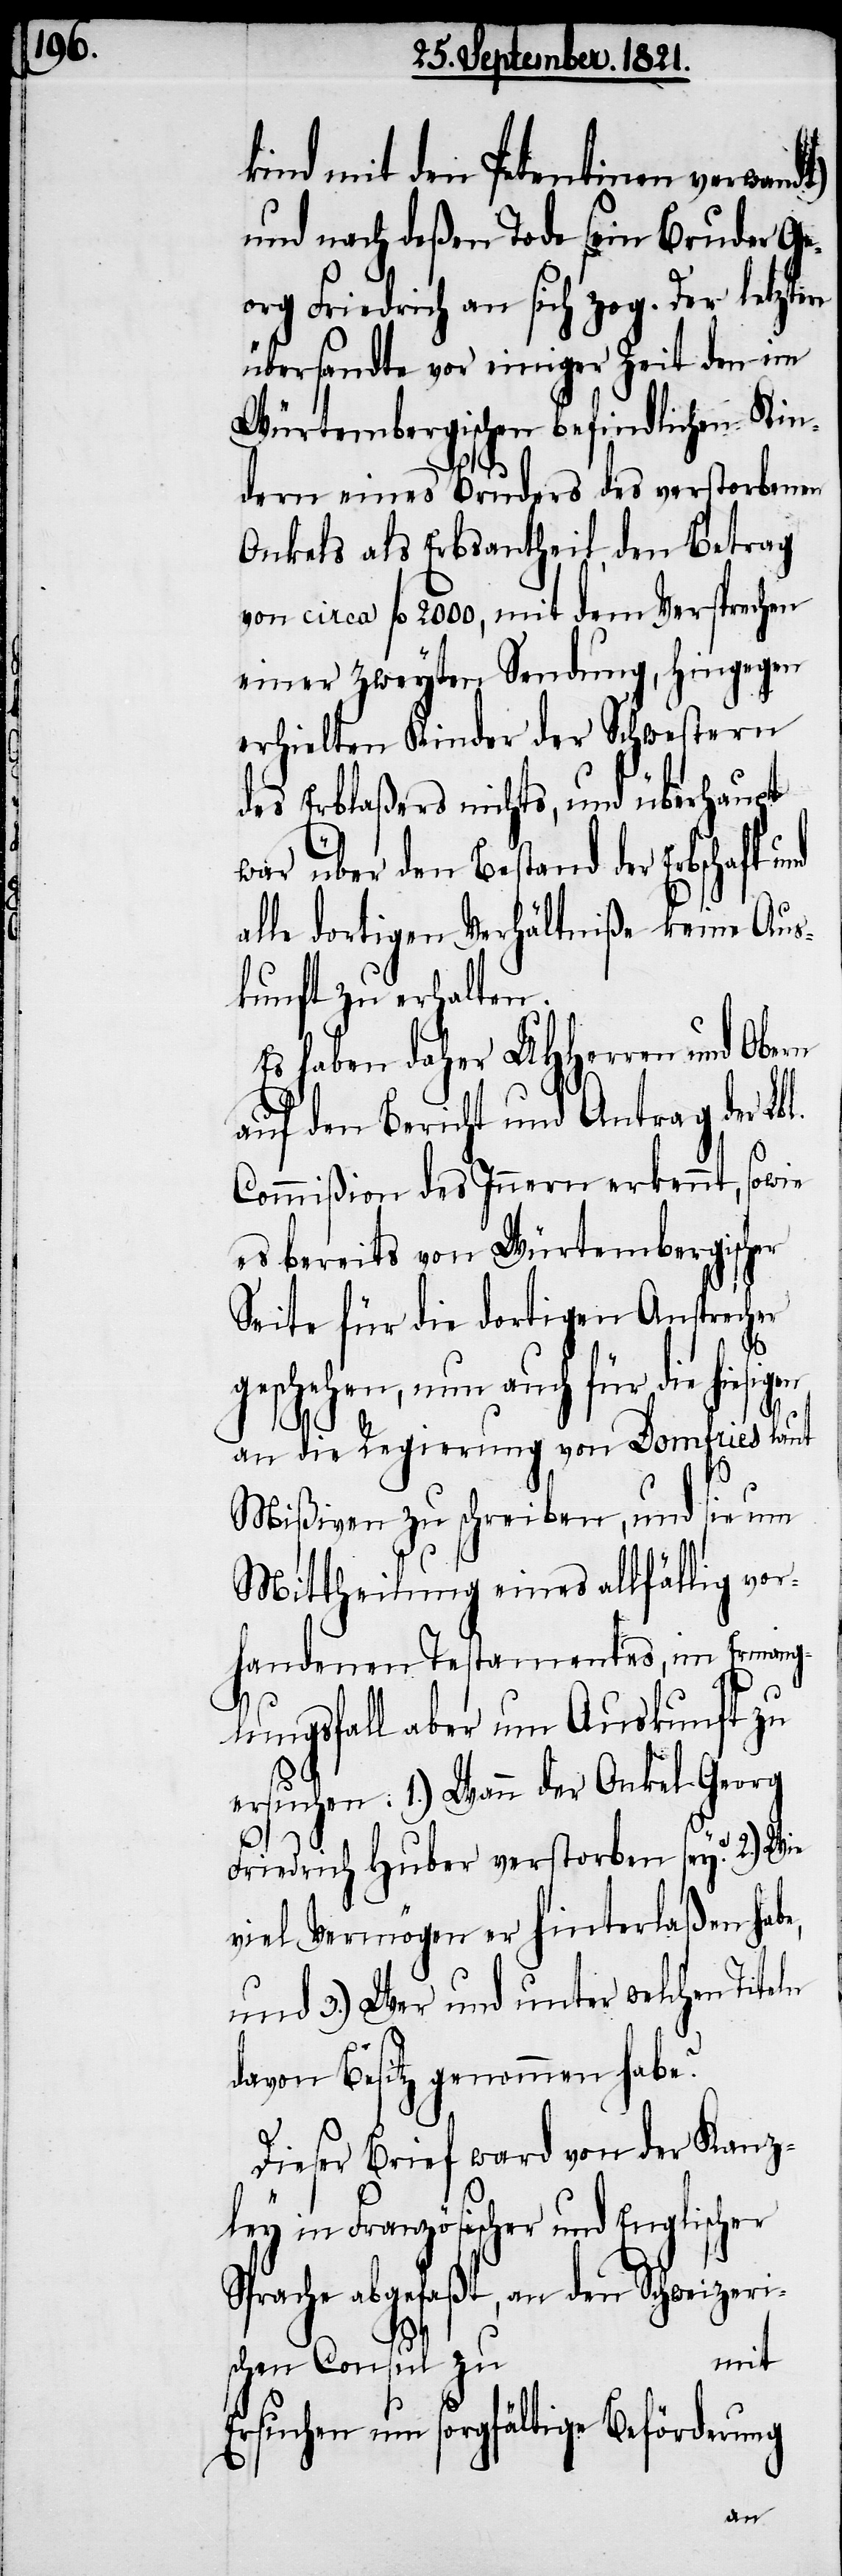
re

kind mit den Petentinen verwand¬
und nach deßen Tode sein Bruder Ge¬
org Friedrich an sich zog. Der letzte¬
übersandte vor einiger Zeit den im
Würtembergischen befindlichen Kin¬
dern eines Bruders des verstorbenen
Onkels als Erbsantheil, den Betrag
von circa fl. 2000, mit dem Versprechen
einer zweyten Sendung, hingegen
erhielten Kinder der Schwestern
des Erblaßers nichts, und überhaupt
war über den Bestand der Erbschaft
alle dortigen Verhältniße keine Aus¬
kunft zu erhalten.
Es haben UHHerren und Obern
auf den Bericht und Antrag der
Commißion des Innern erkennt, sowie
es bereits von Würtembergischer
Seite für die dortigen Ansprecher
geschehen, nun auch für die
an die Regierung von Domfries laut
Mißiven zu schreiben, und sie um
Mittheilung eines allfällig vor¬
handenen Testamentes, im Ermang¬
elungsfall aber um Auskunft zu
ersuchen: 1.) Wann der Onkel Georg
Friedrich Huber verstorben sey? 2.) Wie
viel Vermögen er hinterlaßen habe,
und 3.) Wer und unter welchen Titeln
davon Besitz genommen habe?
Dieser Brief ward von der Kanz¬
ley in Französischer und Englischer
Sprache abgefaßt, an den Schweizeri¬
mit
schen Consul zu
Ersuchen um sorgfältige Beförderung